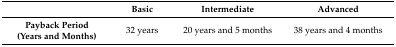
<table><thead><tr><td></td><td><b>Basic</b></td><td><b>Intermediate</b></td><td><b>Advanced</b></td></tr></thead><tbody><tr><td><b>Payback Period (Years and Months)</b></td><td>32 years</td><td>20 years and 5 months</td><td>38 years and 4 months</td></tr></tbody></table>